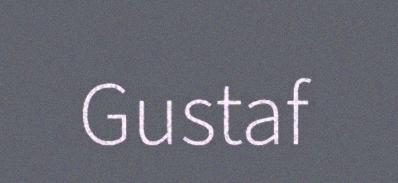
Gustaf